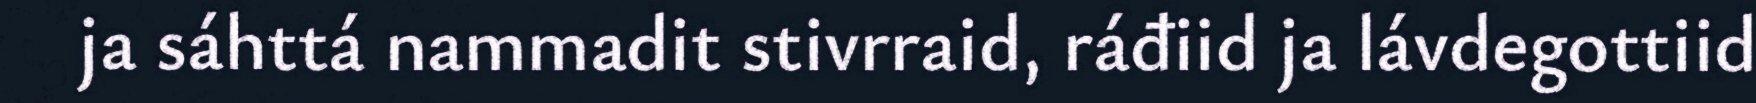
ja sáhttá nammadit stivrraid, ráđiid ja lávdegottiid